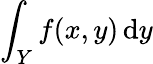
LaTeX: \int_{Y}f(x,y)\, {\mathrm{d}}y